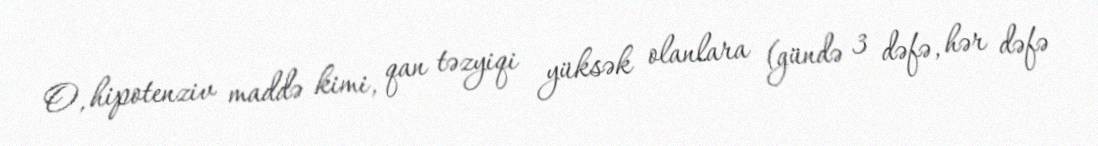
O, hipotenziv maddə kimi, qan təzyiqi yüksək olanlara (gündə 3 dəfə, hər dəfə